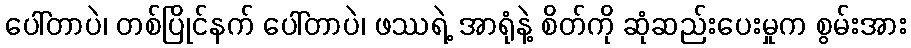
ပေါ်တာပဲ၊ တစ်ပြိုင်နက် ပေါ်တာပဲ၊ ဖဿရဲ့ အာရုံနဲ့ စိတ်ကို ဆုံဆည်းပေးမှုက စွမ်းအား